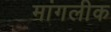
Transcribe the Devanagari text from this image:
मांगलीक